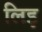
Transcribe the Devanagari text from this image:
लिइ